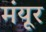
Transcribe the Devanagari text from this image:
मंयूर